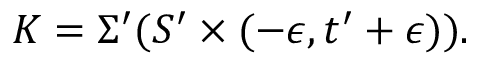
K = \Sigma ^ { \prime } ( S ^ { \prime } \times ( - \epsilon , t ^ { \prime } + \epsilon ) ) .